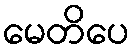
မေတိပေ